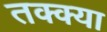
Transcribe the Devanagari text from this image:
तक्क्या